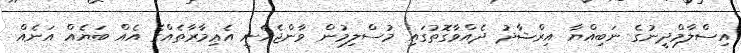
އިސްލާމްދީނުގެ ނަބިއްޔާ އިރްޝާދު ދެއްވާގޮތުގައި މުސްލިމުން ވާންޖެހެނީ އެޢިމާރާތެއްގެ އެއް ބަޔެއް އަނެއް